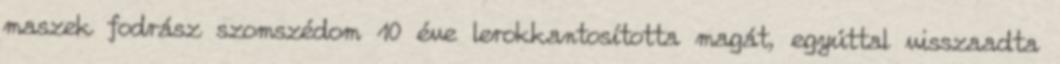
maszek fodrász szomszédom 10 éve lerokkantosította magát, egyúttal visszaadta